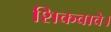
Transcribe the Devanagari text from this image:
शिकवावे।